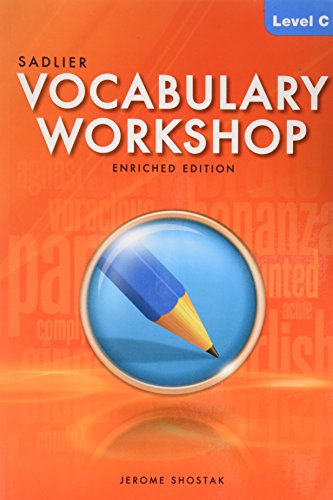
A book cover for Vocabulary Workshop Level C; Jerome Shostak; Reference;